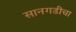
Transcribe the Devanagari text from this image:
सानगडीचा